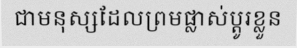
ជាមនុស្សដែលព្រមផ្លាស់ប្តូរខ្លួន